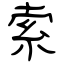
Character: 索